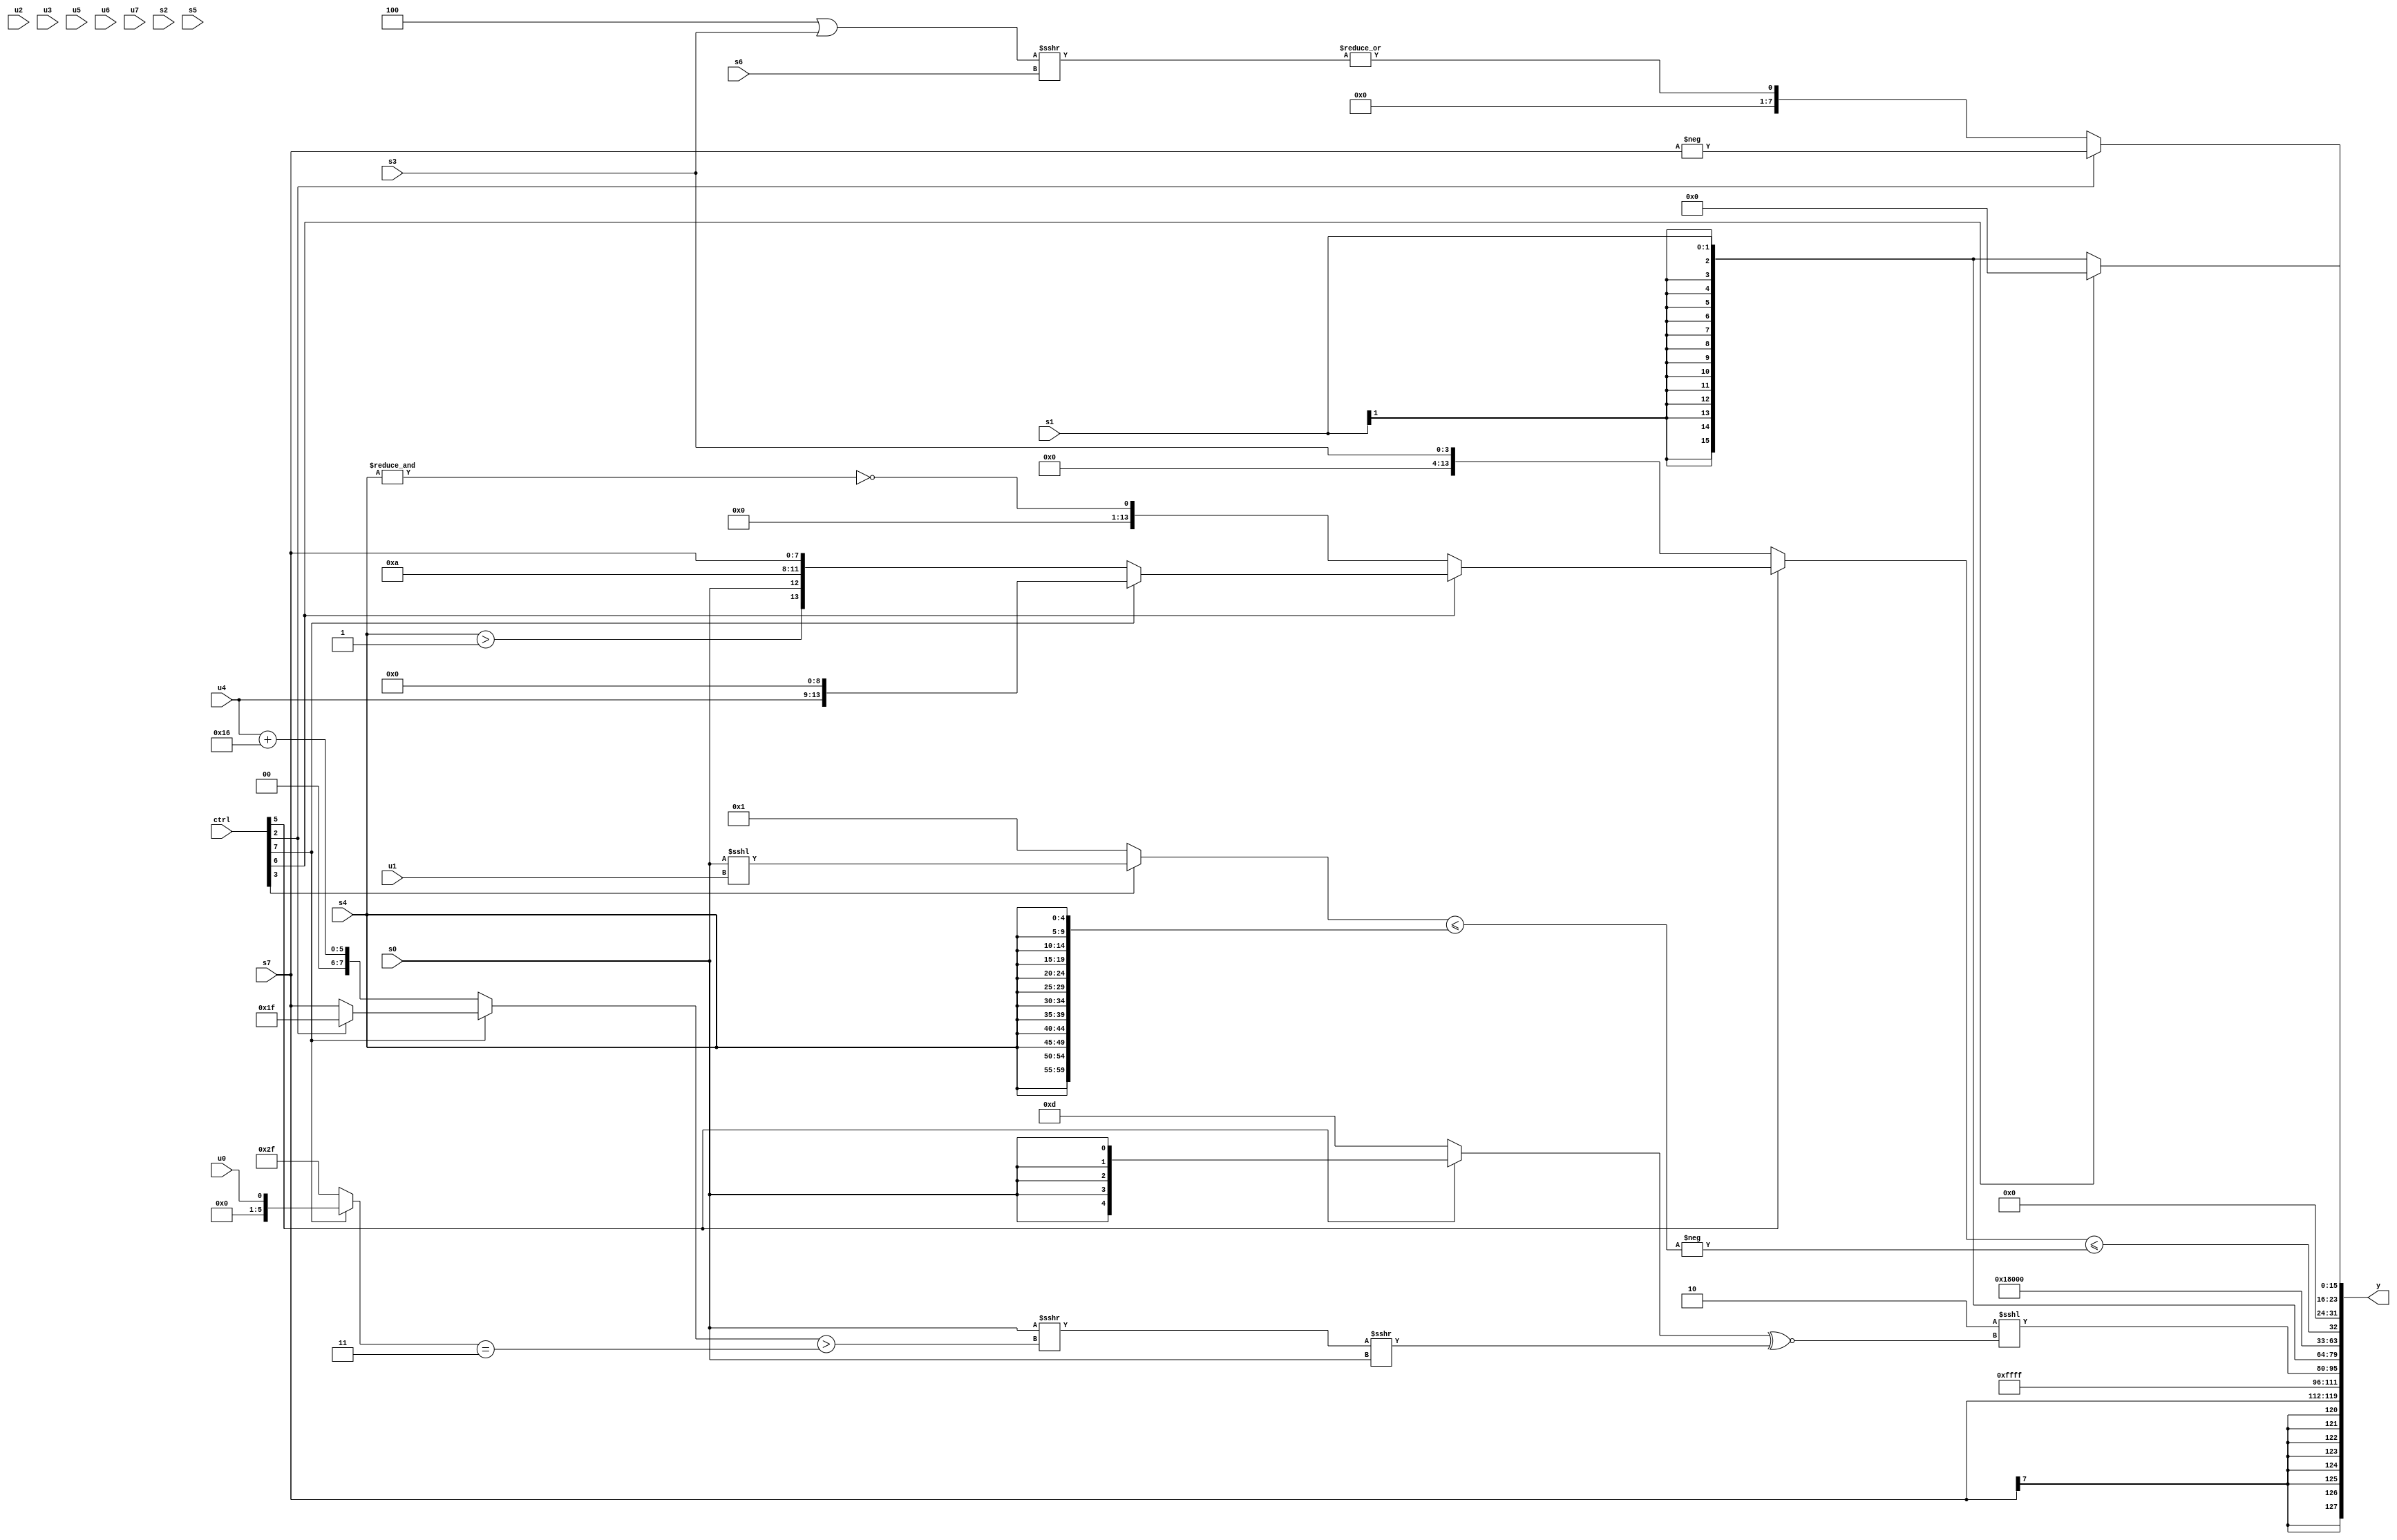
module wideexpr_00675(ctrl, u0, u1, u2, u3, u4, u5, u6, u7, s0, s1, s2, s3, s4, s5, s6, s7, y);
  input [7:0] ctrl;
  input [0:0] u0;
  input [1:0] u1;
  input [2:0] u2;
  input [3:0] u3;
  input [4:0] u4;
  input [5:0] u5;
  input [6:0] u6;
  input [7:0] u7;
  input signed [0:0] s0;
  input signed [1:0] s1;
  input signed [2:0] s2;
  input signed [3:0] s3;
  input signed [4:0] s4;
  input signed [5:0] s5;
  input signed [6:0] s6;
  input signed [7:0] s7;
  output [127:0] y;
  wire [15:0] y0;
  wire [15:0] y1;
  wire [15:0] y2;
  wire [15:0] y3;
  wire [15:0] y4;
  wire [15:0] y5;
  wire [15:0] y6;
  wire [15:0] y7;
  assign y = {y0,y1,y2,y3,y4,y5,y6,y7};
  assign y0 = s7;
  assign y1 = $signed($signed(2'sb11));
  assign y2 = (+({($signed(3'sb101))>>($unsigned(-(($signed(2'sb01))>=(3'sb101))))}))<<<(((ctrl[5]?$signed(s0):5'sb01101))^~(((s0)>>>(+(((ctrl[7]?(ctrl[2]?6'sb011111:s7):(u4)+(5'sb10110)))>(((ctrl[7]?u0:6'b101111))==($signed(2'b11))))))>>>(-(s0))));
  assign y3 = s1;
  assign y4 = 3'sb011;
  assign y5 = ((ctrl[5]?(ctrl[6]?(ctrl[7]?($signed(u4))<<(4'b1001):{(s4)>(3'b001),{s0,4'b1010,s7}}):!(+(&(s4)))):$signed($signed(s3))))<=(+(-(((ctrl[3]?(s0)<<<(u1):|(6'sb010011)))<=({4{{3{s4}}}}))));
  assign y6 = (ctrl[2]?{1{-(s7)}}:{1{|($signed($signed((($signed(~(4'sb0011)))|(s3))>>>({s6}))))}});
  assign y7 = (ctrl[6]?$signed((s0)>>(1'sb1)):s1);
endmodule